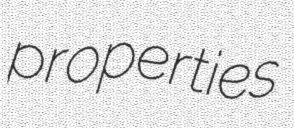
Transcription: properties